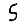
Digit: 5